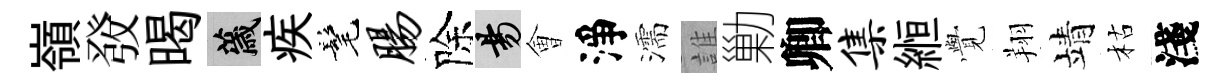
嶺𤼲暍薉疾髦肠除昜㑹淨濡誰勦卿集縆𮗜翔靖枯淺